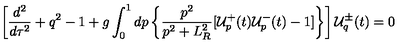
\left[ \frac { d ^ { 2 } } { d \tau ^ { 2 } } + q ^ { 2 } - 1 + g \int _ { 0 } ^ { 1 } d p \left\{ \frac { p ^ { 2 } } { p ^ { 2 } + L _ { R } ^ { 2 } } [ { \cal { U } } _ { p } ^ { + } ( t ) { \cal { U } } _ { p } ^ { - } ( t ) - 1 ] \right\} \right] { \cal { U } } _ { q } ^ { \pm } ( t ) = 0